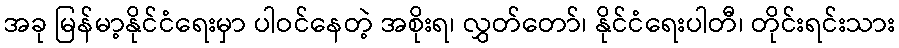
အခု မြန်မာ့နိုင်ငံရေးမှာ ပါဝင်နေတဲ့ အစိုးရ၊ လွှတ်တော်၊ နိုင်ငံရေးပါတီ၊ တိုင်းရင်းသား